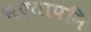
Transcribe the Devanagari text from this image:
भएतापनि